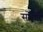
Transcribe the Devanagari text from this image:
समादि